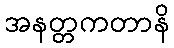
အနတ္တကတာနိ